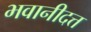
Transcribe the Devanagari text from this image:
भवानीदत्त